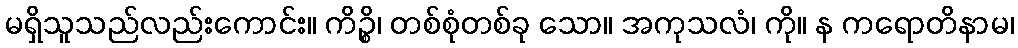
မရှိသူသည်လည်းကောင်း။ ကိဉ္စိ၊ တစ်စုံတစ်ခု သော။ အကုသလံ၊ ကို။ န ကရောတိနာမ၊